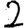
Digit: 2